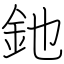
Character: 釶